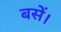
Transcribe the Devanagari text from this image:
बसें।